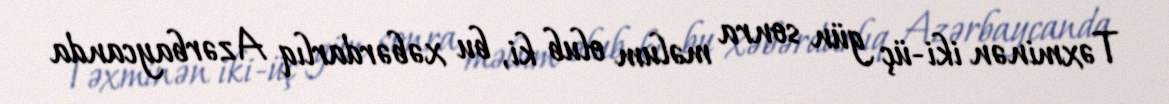
Təxminən iki-üç gün sonra məlum olub ki, bu xəbərdarlıq Azərbaycanda